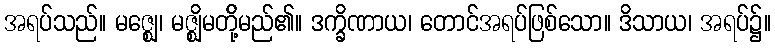
အရပ်သည်။ မဇ္ဈေ၊ မဇ္ဈိမတို့်မည်၏။ ဒက္ခိဏာယ၊ တောင်အရပ်ဖြစ်သော။ ဒိသာယ၊ အရပ်၌။